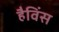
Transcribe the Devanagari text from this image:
हैविंस